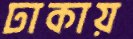
ঢাকায়